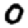
Digit: 0